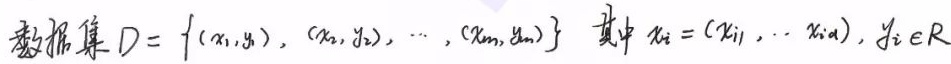
数据集 $D = \{ (x_1, y_1), (x_2, y_2), \cdots, (x_m, y_m) \}$ 其中 $x_i = (x_{i1}, \cdots, x_{id}), y_i \in \mathbb{R}$